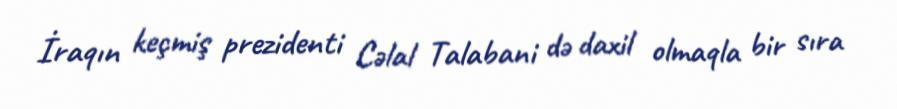
İraqın keçmiş prezidenti Cəlal Talabani də daxil olmaqla bir sıra